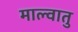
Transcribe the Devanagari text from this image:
माल्वातु